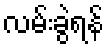
လမ်းခွဲရန်